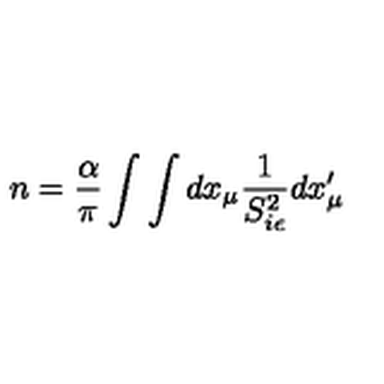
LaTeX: n = { \frac { \alpha } { \pi } } \int \int d x _ { \mu } { \frac { 1 } { S _ { i \epsilon } ^ { 2 } } } d x _ { \mu } ^ { \prime }